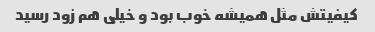
کیفیتش مثل همیشه خوب بود و خیلی هم زود رسید